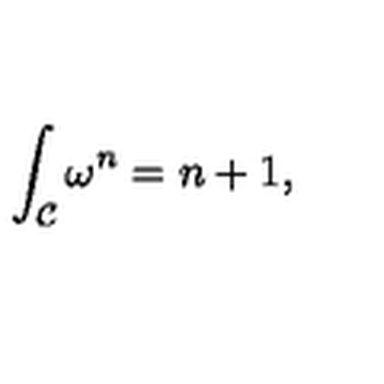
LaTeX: \int _ { \cal C } \omega ^ { n } = n + 1 ,